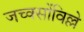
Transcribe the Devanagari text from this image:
जच्क्सोंविल्ले